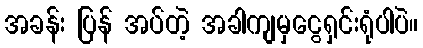
အခန်း ပြန် အပ်တဲ့ အခါကျမှငွေရှင်းရုံပါပဲ။